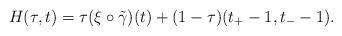
LaTeX: \begin{align*} H (\tau, t) = \tau (\xi \circ \Tilde{\gamma})(t) + (1 - \tau) (t_+ - 1, t_- - 1).\end{align*}